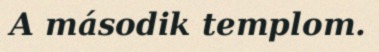
A második templom.